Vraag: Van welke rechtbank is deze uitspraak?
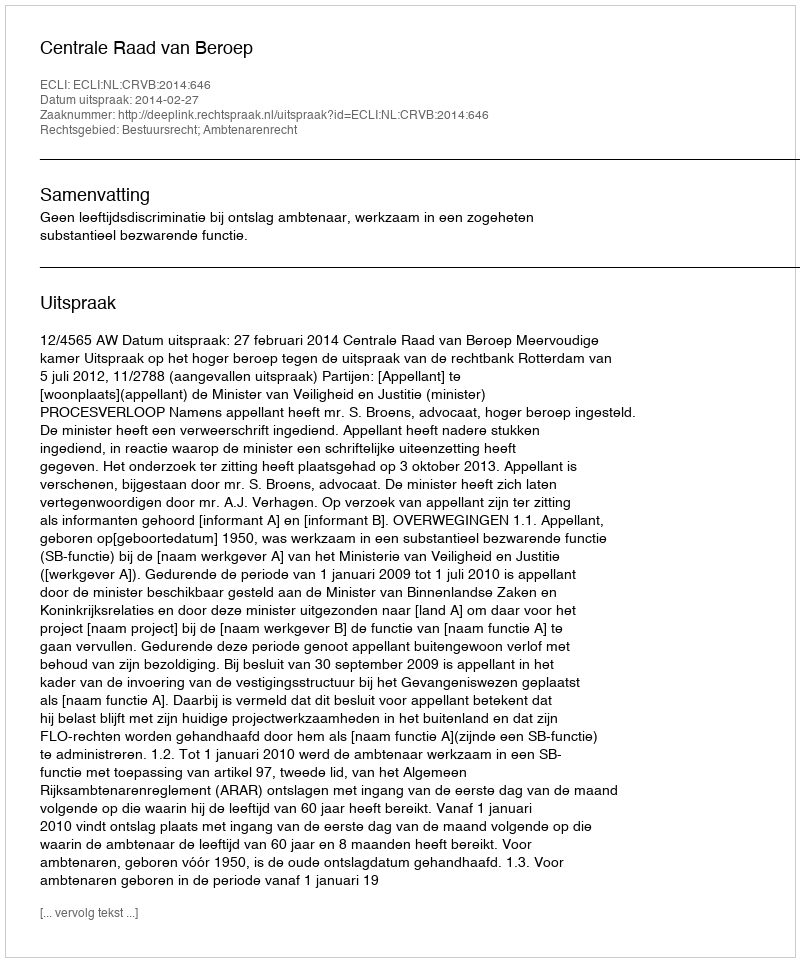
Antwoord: Centrale Raad van Beroep